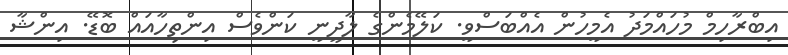
އިބްރާހިމް މުހައްމަދު އެމީހުން އެއްބަސްވީ. ކަލޭމެންގެ ލާދީނީ ކަންވެސް އިންތިހާއައް ބޮޑޭ. އިންޝާ